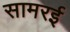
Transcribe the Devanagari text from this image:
सामरई